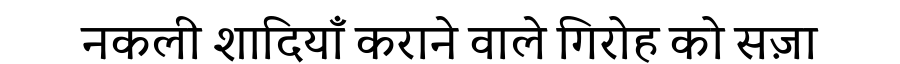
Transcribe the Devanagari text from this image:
नकली शादियाँ कराने वाले गिरोह को सज़ा